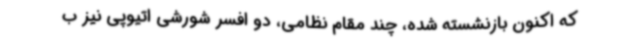
که اکنون بازنشسته شده، چند مقام نظامی، دو افسر شورشی اتیوپی نیز ب